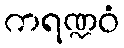
ကရဏ္ဍဝံ